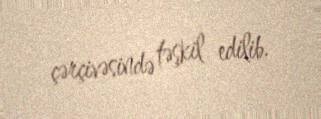
çərçivəsində təşkil edilib.